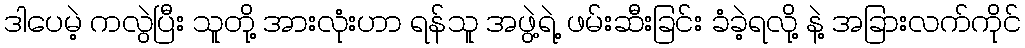
ဒါပေမဲ့ ကလွဲပြီး သူတို့ အားလုံးဟာ ရန်သူ အဖွဲ့ရဲ့ ဖမ်းဆီးခြင်း ခံခဲ့ရလို့ နဲ့ အခြားလက်ကိုင်